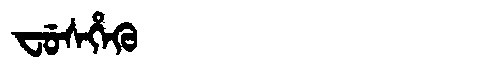
Manchu: ᠸᡠᠰᡥᡝᡴᡠ
Romanization: FUSHEKU